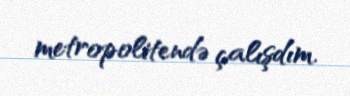
metropolitendə çalışdım.